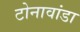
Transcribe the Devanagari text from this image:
टोनावांडा